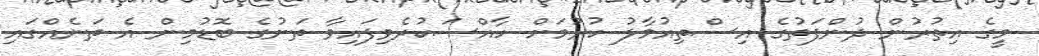
މީގެ އިތުރުން ދުންފަތުގެ އިސްތިއުމާލު ކުރުމަށް ހާއްސަކުރެވިފައިވާ ތަނުގެ ބޮޑުމިން އެ ތަނެއްގައި